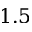
1 . 5